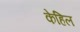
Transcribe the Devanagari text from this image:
केहिल